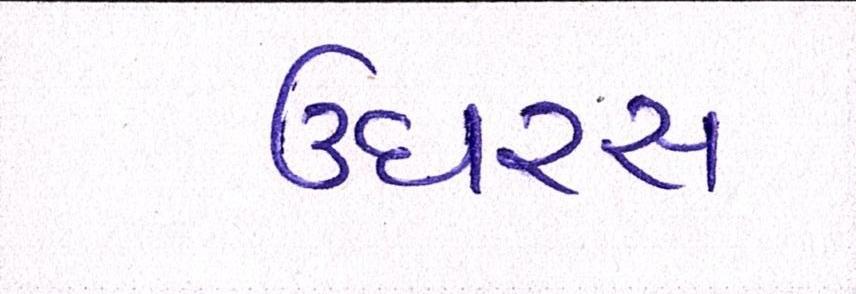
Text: ઉઘરસ